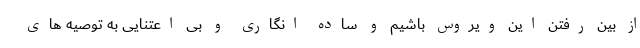
از بین رفتن این ویروس باشیم و ساده انگاری و بی اعتنایی به توصیه های